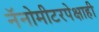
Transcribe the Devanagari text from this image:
नॅनोमीटरपेक्षाही